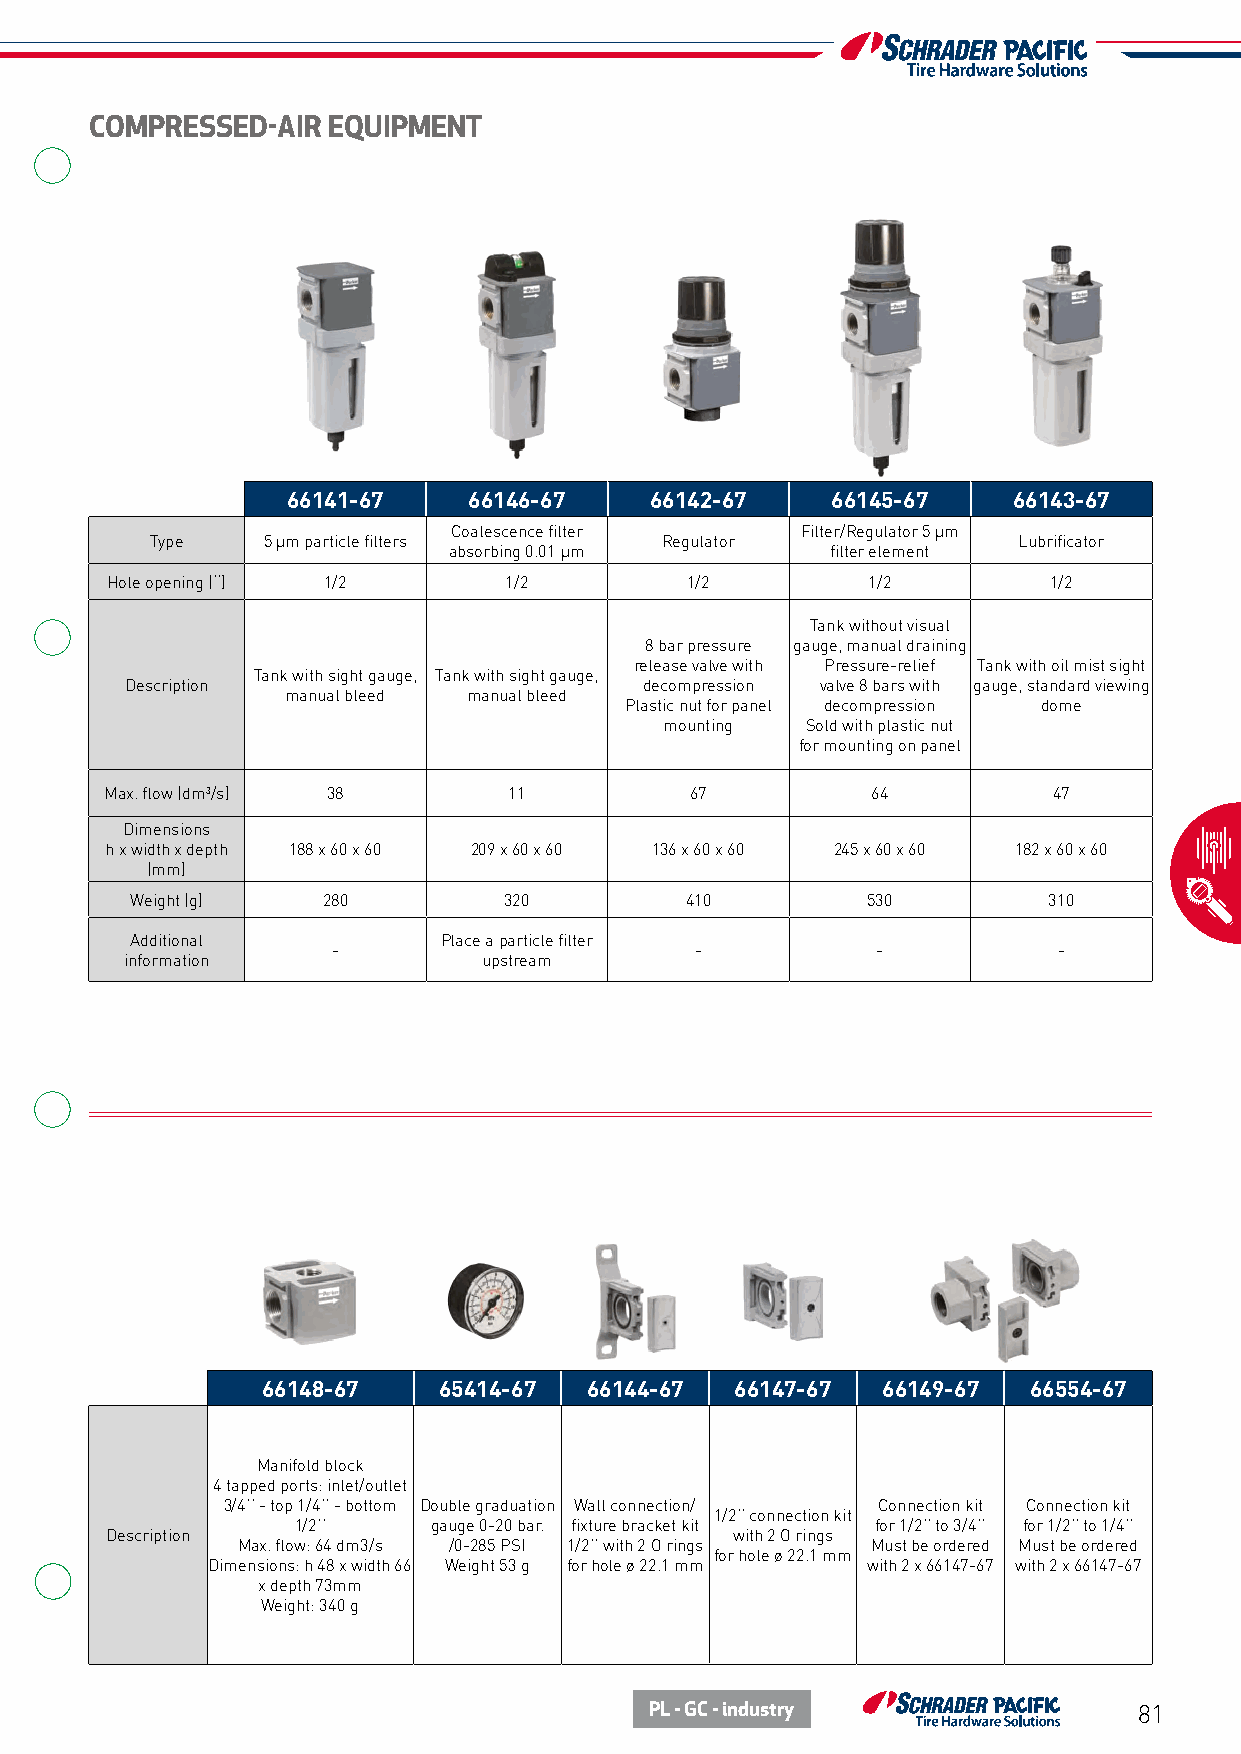
COMPRESSED-AIR  EQUIPMENT
 66141-67    66146-67    66142-67    66145-67    66143-67
 Coalescence filter     Filter/Regulator 5 µm
 Type   5 µm particle filters      Regulator              Lubrificator
 absorbing 0.01 µm        filter element
 Hole opening (‘‘) 1/2     1/2         1/2         1/2         1/2
 Tank without visual
 8 bar pressure gauge, manual draining
 release valve with Pressure-relief Tank with oil mist sight
 Tank with sight gauge, Tank with sight gauge,
 Description                        decompression valve 8 bars with gauge, standard viewing
 manual bleed manual bleed
 Plastic nut for panel decompression dome
 mounting Sold with plastic nut
 for mounting on panel
 Max. flow (dm3/s) 38       11          67          64          47
 Dimensions
 h x width x depth 188 x 60 x 60 209 x 60 x 60 136 x 60 x 60 245 x 60 x 60 182 x 60 x 60
 (mm)
 Weight (g)  280         320         410         530         310
 Additional          Place a particle filter
 -                       -           -           -
 information             upstream
 66148-67    65414-67  66144-67  66147-67 66149-67  66554-67
 Manifold block
 4 tapped ports: inlet/outlet
 3/4’’ - top 1/4’’ - bottom Double graduation Wall connection/ Connection kit Connection kit
 1/2’’ connection kit
 1/2’’    gauge 0-20 bar. fixture bracket kit for 1/2’’ to 3/4’’ for 1/2’’ to 1/4’’
 Description                              with 2 O rings
 Max. flow: 64 dm3/s /0-285 PSI 1/2’’ with 2 O rings Must be ordered Must be ordered
 for hole ø 22.1 mm
 Dimensions: h 48 x width 66 Weight 53 g for hole ø 22.1 mm with 2 x 66147-67 with 2 x 66147-67
 x depth 73mm
 Weight: 340 g
 PL - GC - industry              81